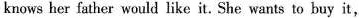
knows her father would like it. She wants to buy it,